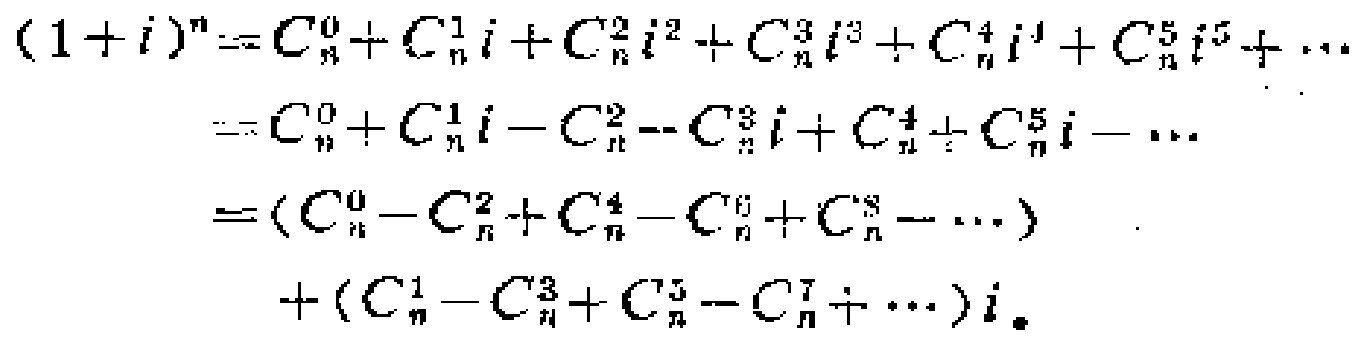
\[
\begin{align*}
(1 + i)^n&=C_{n}^{0}+C_{n}^{1}i + C_{n}^{2}i^2+C_{n}^{3}i^3 + C_{n}^{4}i^4+C_{n}^{5}i^5+\cdots\\
&=C_{n}^{0}+C_{n}^{1}i - C_{n}^{2}-C_{n}^{3}i + C_{n}^{4}+C_{n}^{5}i-\cdots\\
&=(C_{n}^{0}-C_{n}^{2}+C_{n}^{4}-C_{n}^{6}+C_{n}^{8}-\cdots)\\
&\quad+(C_{n}^{1}-C_{n}^{3}+C_{n}^{5}-C_{n}^{7}+\cdots)i_{\bullet}
\end{align*}
\]